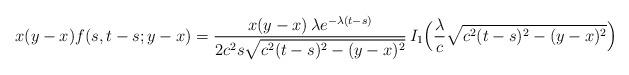
LaTeX: \begin{align*}x(y-x) f(s,t-s;y-x) = \frac{x(y-x)\,\lambda e^{-\lambda (t-s)}}{2c^2s\sqrt{c^2(t-s)^2-(y-x)^2}}\,I_1\Bigl( \frac{\lambda}{c}\sqrt{c^2(t-s)^2-(y-x)^2}\Bigr)\end{align*}